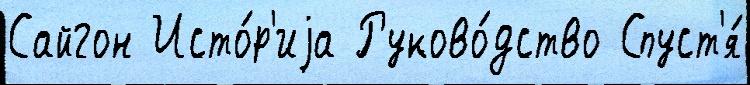
Сайгон Исто́р'иjа Руково́дство Спуст'я́